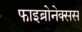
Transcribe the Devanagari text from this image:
फाइब्रोनेक्सस